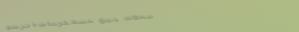
محلات بيع مستلزمات الرسم